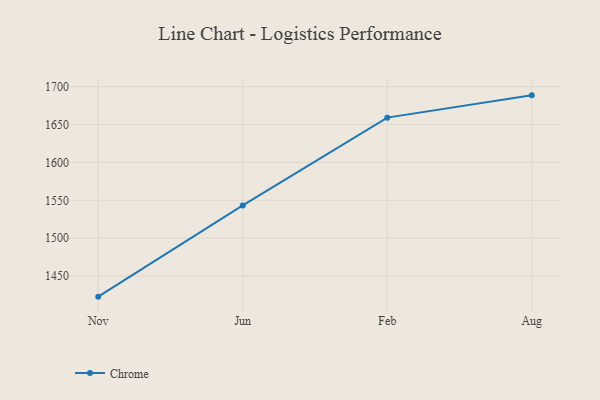
{"axis": {"x": "Month", "y": "Satisfaction Score"}, "legend": ["Chrome"], "data": [{"x": "Nov", "y": 1422.9, "type": "Chrome"}, {"x": "Jun", "y": 1543.2, "type": "Chrome"}, {"x": "Feb", "y": 1659.1, "type": "Chrome"}, {"x": "Aug", "y": 1688.5, "type": "Chrome"}]}